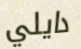
دايلي